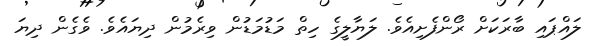
ލައްޕައި ބާރަކަށް ރޯންފެށިއެވެ. ލަޔާލީގެ ހިތް މަޑުމަޑުން ވިރެމުން ދިޔައެވެ. ވެގެން ދިޔަ